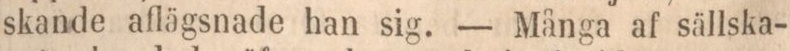
skande aflägsnade han sig. — Många af sällska-